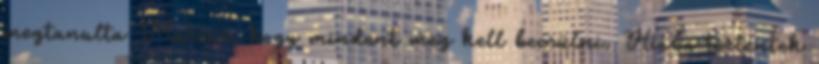
megtanulta Marcus, hogy mindent meg kell becsülni. Hiába történtek